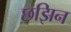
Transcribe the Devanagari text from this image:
छझिन